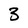
Character: 3